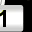
Digit: 1